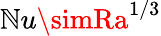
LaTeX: \mathbb{N}u\simRa^{1/3}